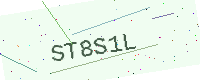
Text: ST8S1L